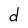
Character: d